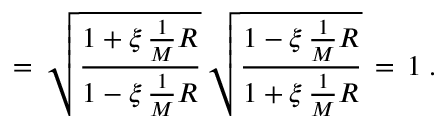
= \, \sqrt { \frac { 1 + \xi \, \frac { 1 } { M } R } { 1 - \xi \, \frac { 1 } { M } R } } \, \sqrt { \frac { 1 - \xi \, \frac { 1 } { M } R } { 1 + \xi \, \frac { 1 } { M } R } } \, = \, 1 \; .